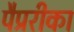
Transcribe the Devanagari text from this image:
पैप्ररीका